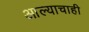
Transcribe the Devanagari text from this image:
आल्याचाही